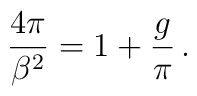
\frac{4\pi}{\beta^2}=1+\frac{g}{\pi}\, .